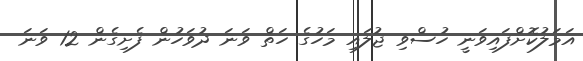
އަމަލުކޮށްފައިވަނީ ހުސްވި ޖުލައި މަހުގެ ހަތް ވަނަ ދުވަހުން ފެށިގެން 12 ވަނަ